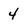
Character: 4